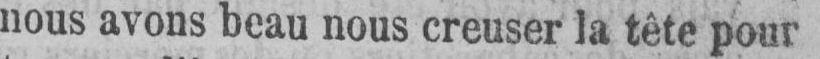
nous avons beau nous creuser la tête pour